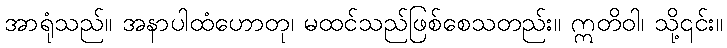
အာရုံသည်။ အနာပါထံဟောတု၊ မထင်သည်ဖြစ်စေသတည်း။ ဣတိဝါ၊ သို့၎င်း။